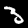
Label: 3